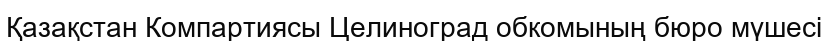
Қазақстан Компартиясы Целиноград обкомының бюро мүшесі